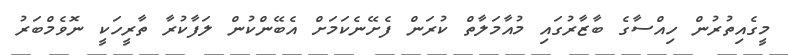
މީގެއިތުރުން ހިއްސާގެ ބާޒާރުގައި މުއާމަލާތް ކުރަން ފެށޭނެކަމަށް އެބޭންކުން ލަފާކުރާ ތާރީހަކީ ނޮވެމްބަރު